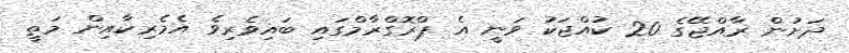
ދަށުން ރާއްޖޭގެ 20 ކުއްޖަކު ވަނީ އެ ޕްރޮގްރާމްގައި ބައިވެރިވެ އެމެރިކާއިން މަތީ